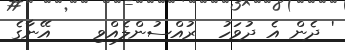
' ދެން އެ ދުވަހު  ރުއްސުންލެއްވި    އޭނާގެ